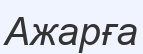
Ажарға